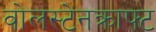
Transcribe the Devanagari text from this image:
वोलस्टेनक्राफ्ट